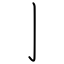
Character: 亅